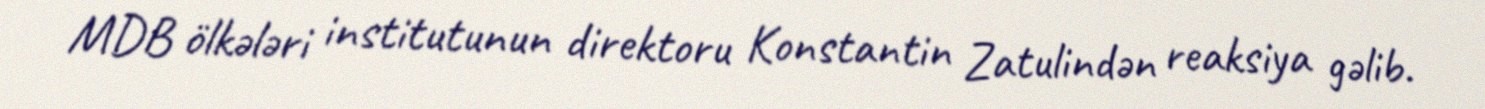
MDB ölkələri institutunun direktoru Konstantin Zatulindən reaksiya gəlib.